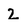
Character: 2